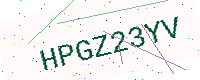
Text: HPGZ23YV